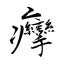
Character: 癴